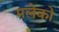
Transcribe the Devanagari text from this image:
मलेको